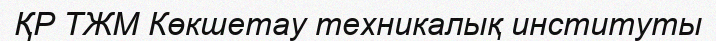
ҚР ТЖМ Көкшетау техникалық институты